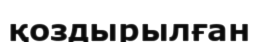
қоздырылған